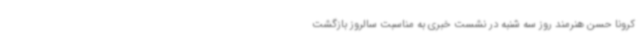
کرونا حسن هنرمند روز سه شنبه در نشست خبری به مناسبت سالروز بازگشت